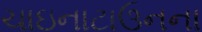
ચાઇનાટાઉનના